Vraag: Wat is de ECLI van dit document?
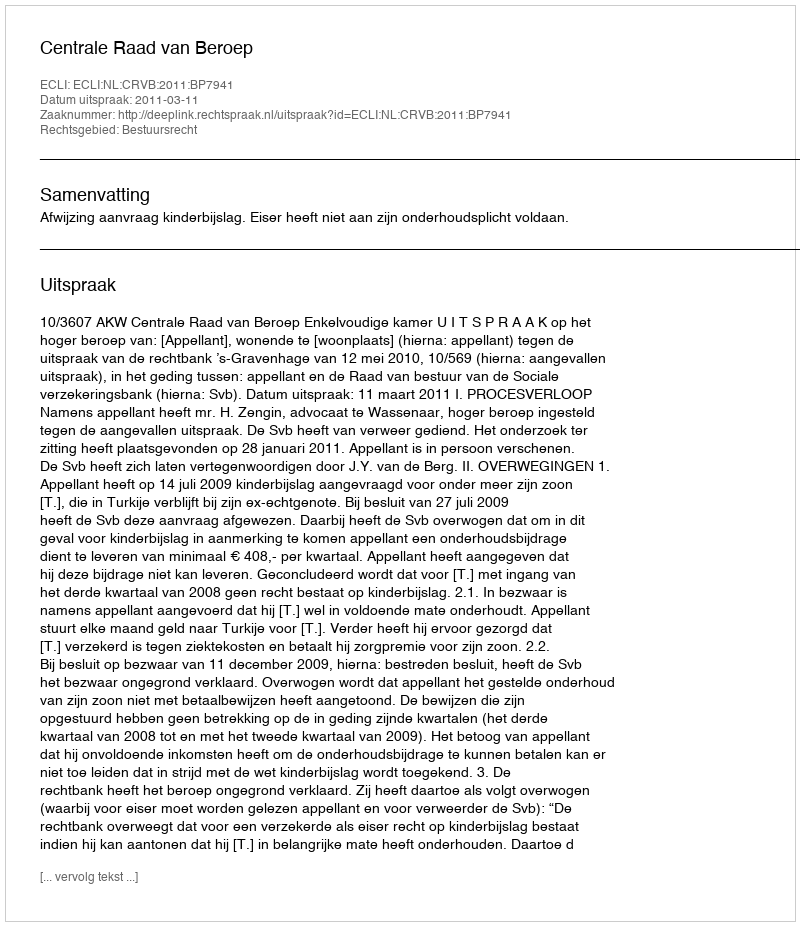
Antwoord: ECLI:NL:CRVB:2011:BP7941